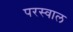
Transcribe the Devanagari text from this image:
परस्वाल